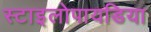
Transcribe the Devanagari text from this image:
स्टाइलोपायडिया